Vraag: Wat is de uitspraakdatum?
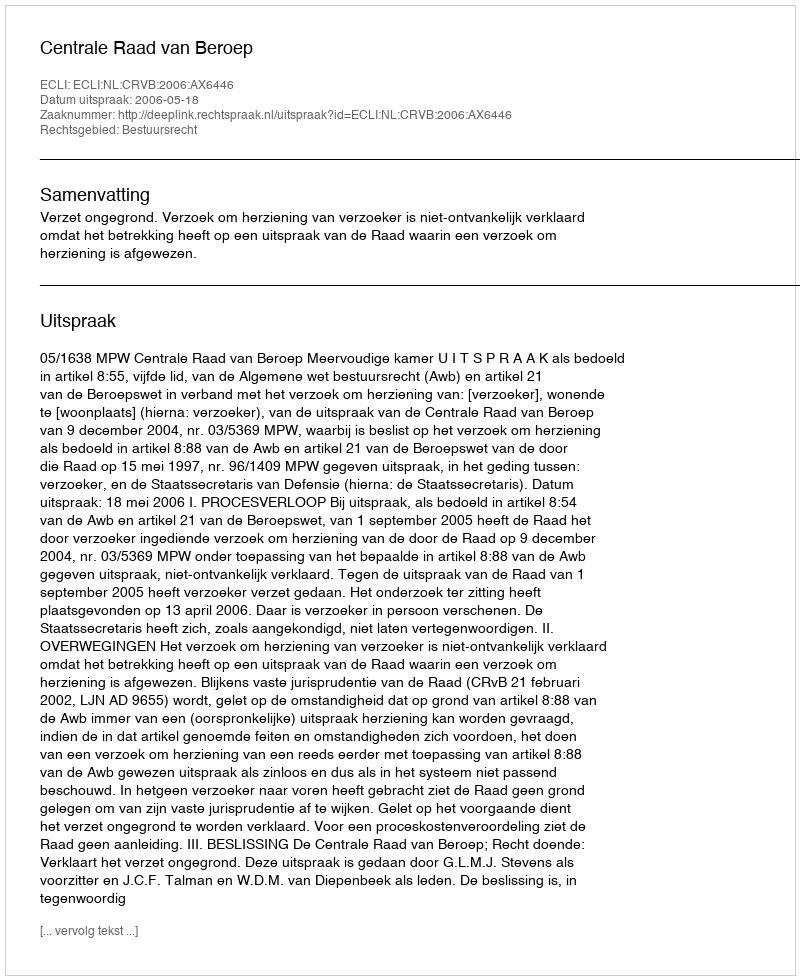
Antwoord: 2006-05-18